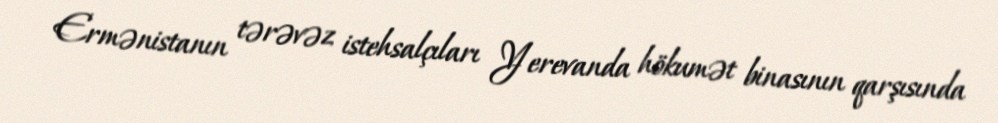
Ermənistanın tərəvəz istehsalçıları Yerevanda hökumət binasının qarşısında